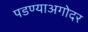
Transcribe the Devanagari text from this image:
पडण्याअगोदर